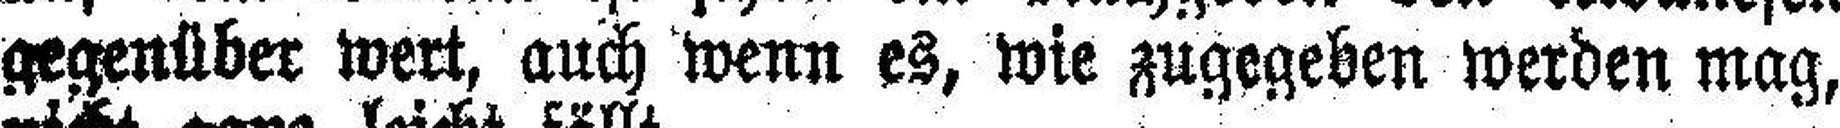
gegenüber wert, auch wenn es, wie zugegeben werden mag,